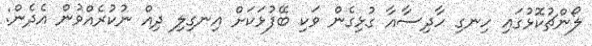
ލޯންޗުކޮޅުގައި ހިނގި ހާދިސާއާ ގުޅިގެން ވަކި ބޭފުޅަކަށް އިނގިލި ދިއް ނުކުރެއްވުން އެދެން: